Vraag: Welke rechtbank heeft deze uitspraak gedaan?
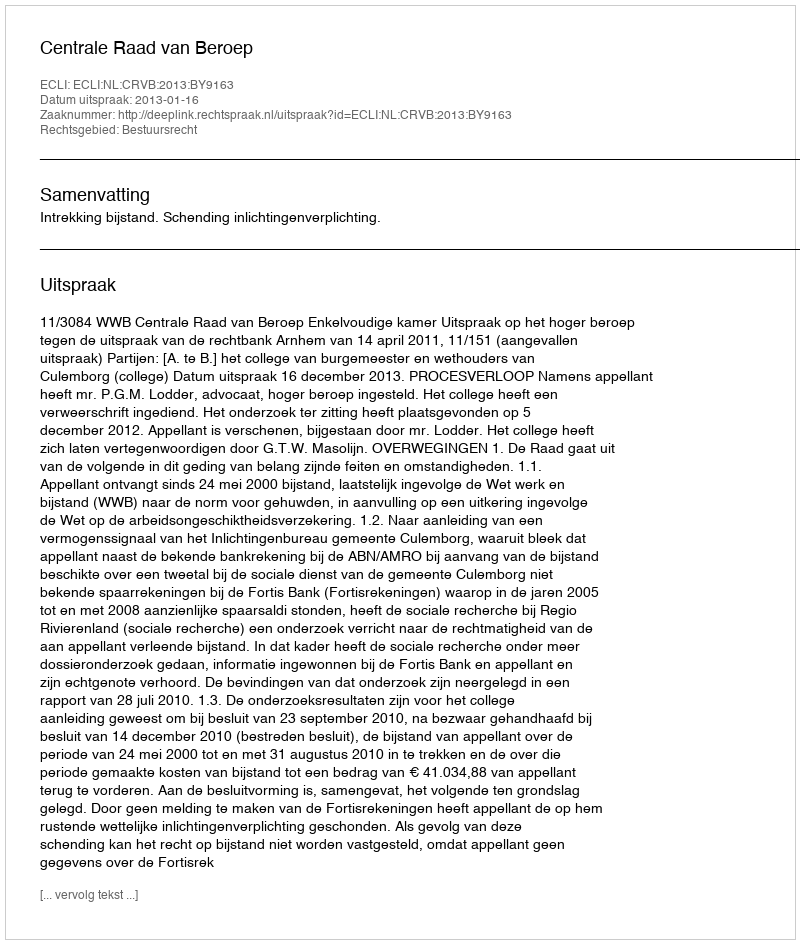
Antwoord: Centrale Raad van Beroep